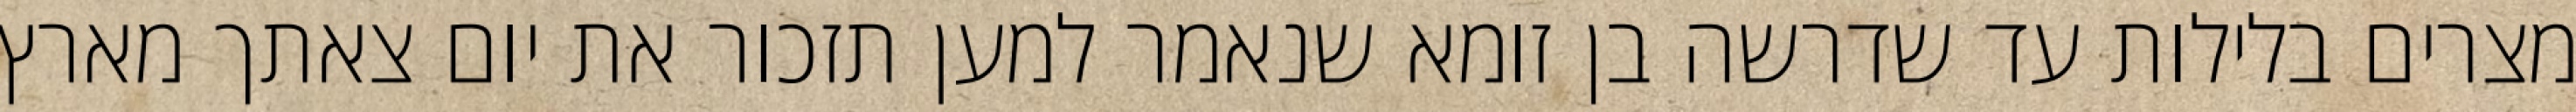
מצרים בלילות עד שדרשה בן זומא שנאמר למען תזכור את יום צאתך מארץ